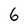
Character: 6